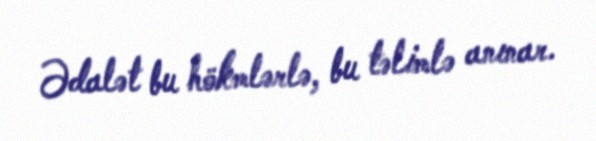
Ədalət bu hökmlərlə, bu təlimlə anınar.